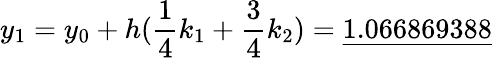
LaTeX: y_{1}=y_{0}+h({\frac{1}{4}}k_{1}+{\frac{3}{4}}k_{2})={\underline{{1.066869388}}}